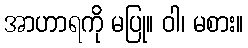
အာဟာရကို မပြု။ ဝါ၊ မစား။